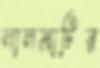
লালমাটির